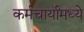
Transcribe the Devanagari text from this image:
कर्मचार्यांमध्ये